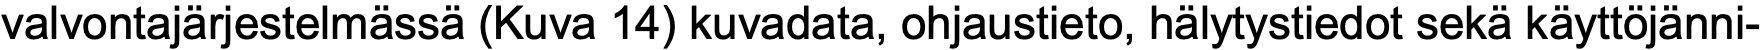
valvontajärjestelmässä (Kuva 14) kuvadata, ohjaustieto, hälytystiedot sekä käyttöjänni-